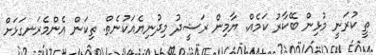
ތީ ކުރަނީ މުޅިން ބޭކާރު ކަމެއް. ޔާމިން ރަޝީދު މިދުނިޔެއަކުނެތް. ތިކަން އެންމެރަނގަޅަށް